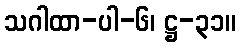
သဂါထာ-ပါ-၆၊ ဋ္ဌ-၃၁။